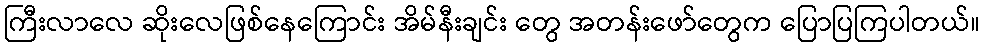
ကြီးလာလေ ဆိုးလေဖြစ်နေကြောင်း အိမ်နီးချင်း တွေ အတန်းဖော်တွေက ပြောပြကြပါတယ်။